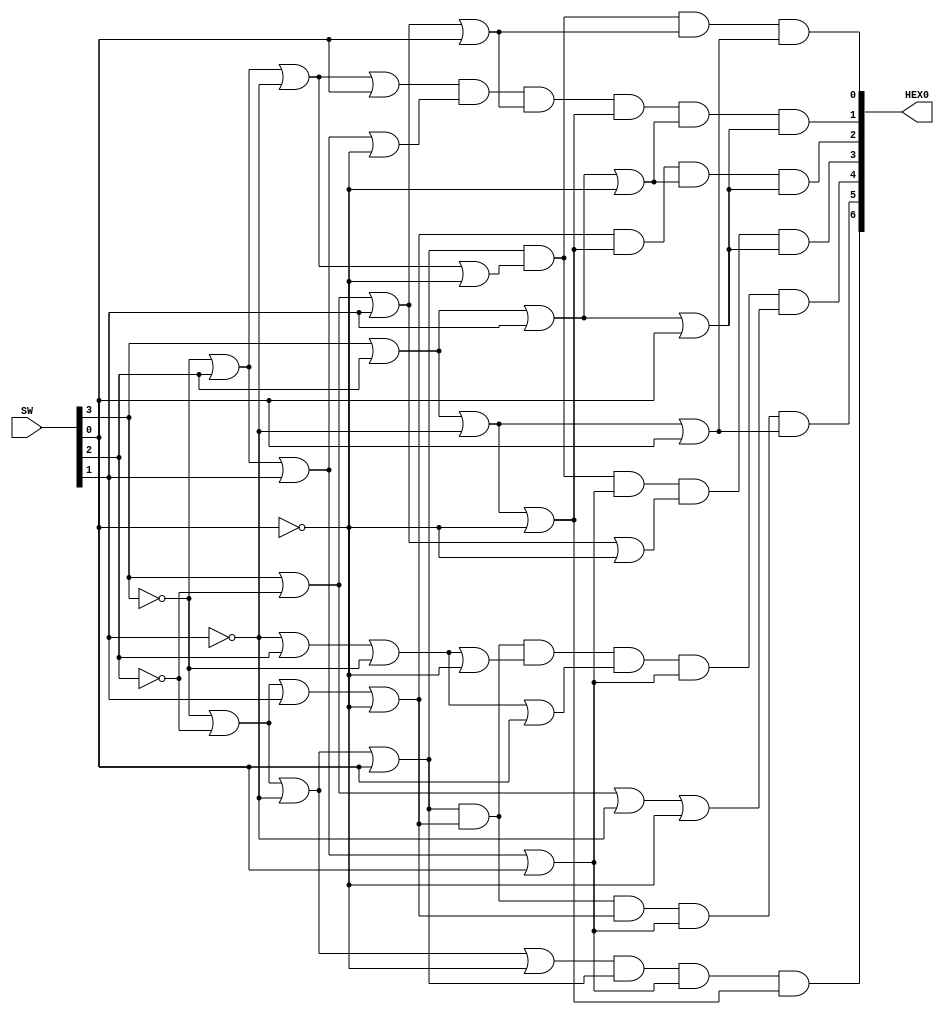
`timescale 1ns / 1ns // `timescale time_unit/time_precision

module hex(SW, HEX0); //module name and port list
	input [9:0]SW;
	output [6:0]HEX0;

	assign c3 = SW[3];
	assign c2 = SW[2];
	assign c1 = SW[1];
	assign c0 = SW[0];

	assign HEX0[0] = (~c3|~c2|~c1|c0) & (~c3|c2|~c1|~c0) & (c3|~c2|c1|c0) & (c3|c2|~c1|c0);
	assign HEX0[1] = (~c3|c2|~c1|c0) & (~c3|c2|c1|~c0) & (c3|~c2|c1|c0) & (c3|c2|~c1|~c0) & (c3|c2|c1|~c0) & (c3|c2|c1|c0);
	assign HEX0[2] = (~c3|~c2|c1|~c0) & (c3|c2|~c1|~c0) & (c3|c2|c1|~c0) & (c3|c2|c1|c0);
	assign HEX0[3] = (~c3|~c2|~c1|c0) & (~c3|c2|~c1|~c0) & (~c3|c2|c1|c0) & (c3|~c2|c1|~c0) & (c3|c2|c1|c0);
	assign HEX0[4] = (~c3|~c2|~c1|c0) & (~c3|~c2|c1|~c0) & (~c1|c2|~c3|~c0) & (~c1|c2|~c3|c0) & (~c3|c2|c1|c0) & (c3|~c2|~c1|~c0);
	assign HEX0[5] = (~c3|~c2|~c1|c0) & (~c3|~c2|c1|~c0) & (~c3|~c2|c1|~c0) & (~c3|c2|c1|c0) & (c3|c2|~c1|c0);
	assign HEX0[6] = (~c3|~c2|~c1|~c0) & (~c3|~c2|~c1|c0) & (~c3|c2|c1|c0) & (c3|c2|~c1|~c0);
  
endmodule